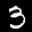
Label: 3